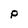
Character: p